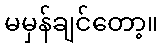
မမှန်ချင်တော့။